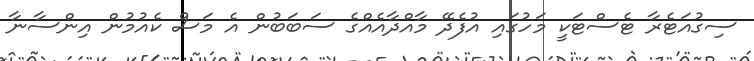
ސިގުއަޓެރާ ޓެސްޓަކީ މަހުގައި އުފެދޭ މާއްދާއެއްގެ ސަބަބުން އެ މަސް ކެއުމުން އިންސާނާ